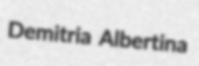
Demitria Albertina